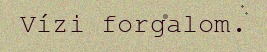
Vízi forgalom.